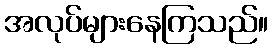
အလုပ်များနေကြသည်။